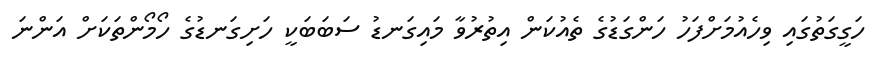
ހަގީގަތުގައި ވިހެއުމަށްފަހު ހަންގަޑުގެ ތެއުކަން އިތުރުވާ މައިގަނޑު ސަބަބަކީ ހަށިގަނޑުގެ ހޯމޯންތަކަށް އަންނަ